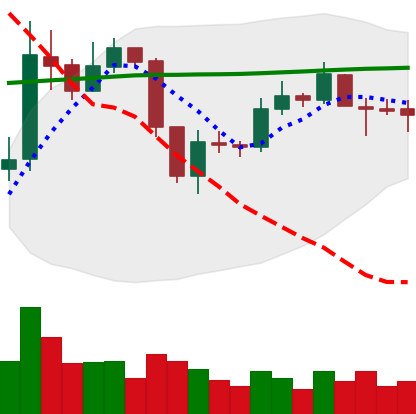
Ticker: ETC-USD
Chart end date: 2019-09-09
Forward return: -5.53%
Label: down_5_7